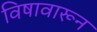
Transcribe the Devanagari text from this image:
विषावारून